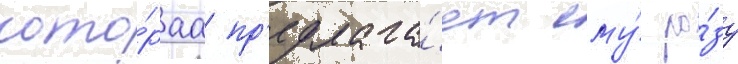
кото́раа пр'едлага́ет ему́ ро́зу